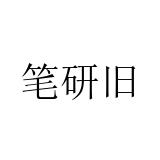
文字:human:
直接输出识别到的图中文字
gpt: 笔研旧